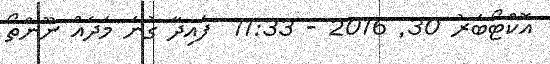
އޮކްޓޯބަރު 30